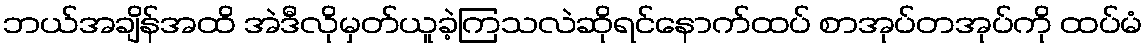
ဘယ်အချိန်အထိ အဲဒီလိုမှတ်ယူခဲ့ကြသလဲဆိုရင်နောက်ထပ် စာအုပ်တအုပ်ကို ထပ်မံ